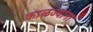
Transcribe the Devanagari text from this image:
काळज्यांना